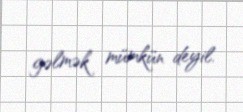
gəlmək mümkün deyil.